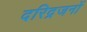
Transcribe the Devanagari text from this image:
दरिद्रजनों